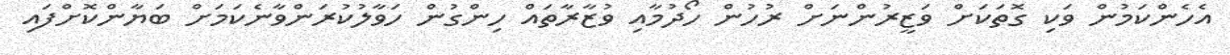
އެހެންކަމުން ވަކި ގޮތަކަށް ވަޒީރުންނަށް ރުހުން ހޯދުމާއި ވުޒާރާތައް ހިންގުން ހަވާލުކުރަންވާނެކަމަށް ބަޔާންކޮށްފައި